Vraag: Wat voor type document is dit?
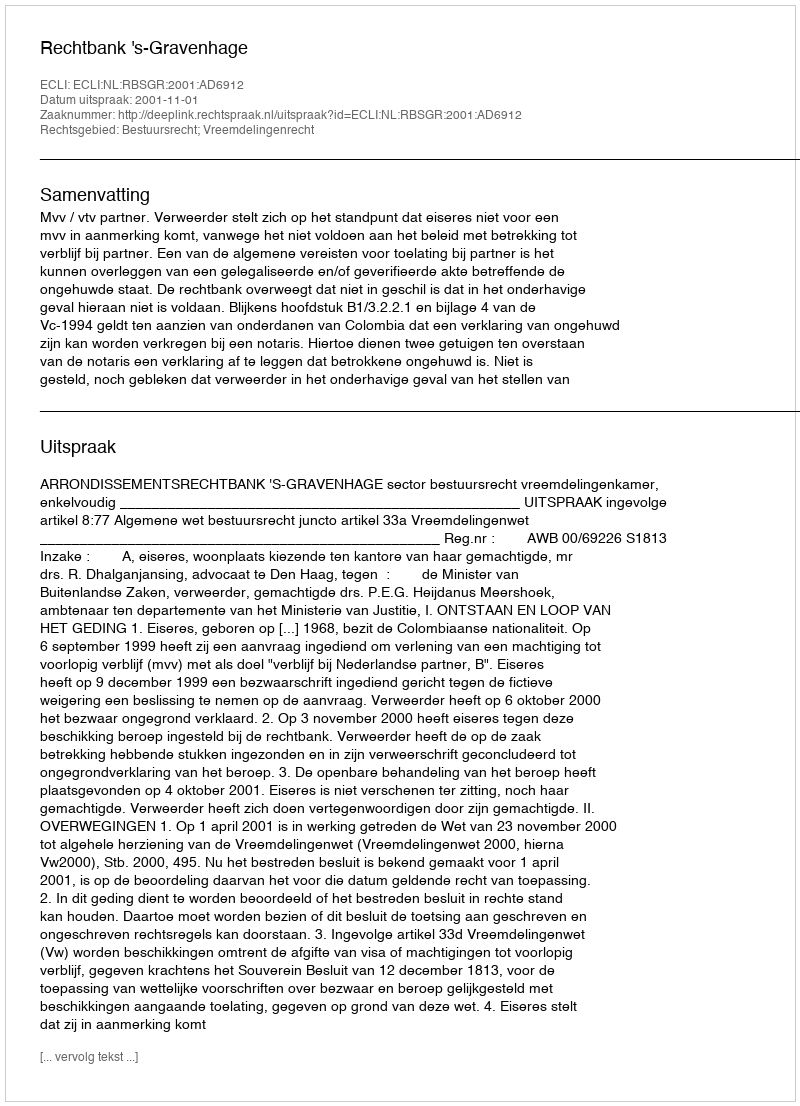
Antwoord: Uitspraak